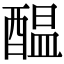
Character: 醖